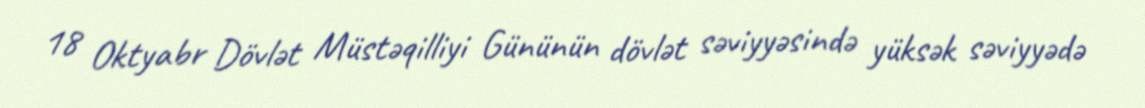
18 Oktyabr Dövlət Müstəqilliyi Gününün dövlət səviyyəsində yüksək səviyyədə